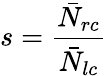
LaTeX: s=\frac{\bar{N}_{rc}}{\bar{N}_{lc}}